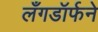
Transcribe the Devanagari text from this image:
लँगडॉर्फने